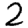
Digit: 2